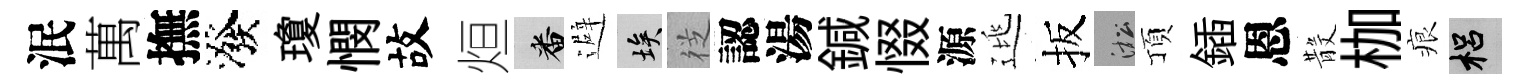
泯萬撫潑瓊憫故烜番避埃徔認湯鍼惙源逃扳淞頂鍤恩𣪚枷痕梠